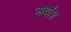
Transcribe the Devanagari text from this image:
अर्थांश